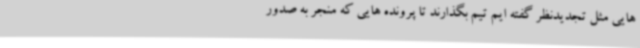
هایی مثل تجدیدنظر گفته ایم تیم بگذارند تا پرونده هایی که منجر به صدور